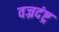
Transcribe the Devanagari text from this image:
वज्रदंष्ट्र